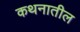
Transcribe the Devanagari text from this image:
कथनातील